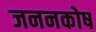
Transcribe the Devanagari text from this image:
जननकोष